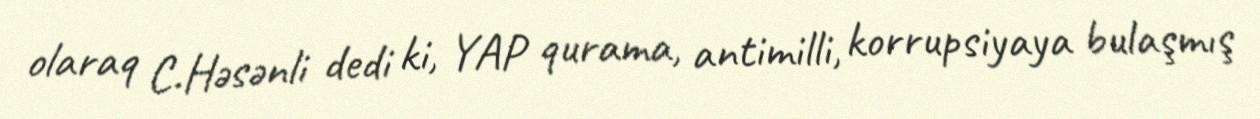
olaraq C.Həsənli dedi ki, YAP qurama, antimilli, korrupsiyaya bulaşmış